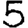
Digit: 5